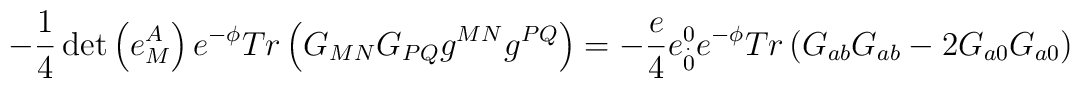
-\frac{1}{4}\det \left( e_{M}^{A}\right) e^{-\phi }Tr\left(G_{MN}G_{PQ}g^{MN}g^{PQ}\right) =-\frac{e}{4}e_{\stackrel{.}{0}}^{0}e^{-\phi}Tr\left( G_{ab}G_{ab}-2G_{a0}G_{a0}\right)